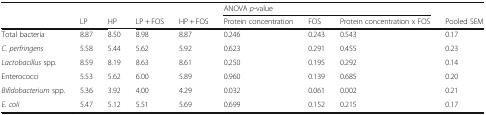
<table><thead><tr><td rowspan="2"></td><td></td><td></td><td></td><td></td><td colspan="3"><b>ANOVA <i>p</i>-value</b></td><td></td></tr><tr><td><b>LP</b></td><td><b>HP</b></td><td><b>LP + FOS</b></td><td><b>HP + FOS</b></td><td><b>Protein concentration</b></td><td><b>FOS</b></td><td><b>Protein concentration x FOS</b></td><td><b>Pooled SEM</b></td></tr></thead><tbody><tr><td>Total bacteria</td><td>8.87</td><td>8.50</td><td>8.98</td><td>8.87</td><td>0.246</td><td>0.243</td><td>0.543</td><td>0.17</td></tr><tr><td><i>C. perfringens</i></td><td>5.58</td><td>5.44</td><td>5.62</td><td>5.92</td><td>0.623</td><td>0.291</td><td>0.455</td><td>0.23</td></tr><tr><td><i>Lactobacillus</i> spp.</td><td>8.59</td><td>8.19</td><td>8.63</td><td>8.61</td><td>0.250</td><td>0.195</td><td>0.292</td><td>0.14</td></tr><tr><td>Enterococci</td><td>5.53</td><td>5.62</td><td>6.00</td><td>5.89</td><td>0.960</td><td>0.139</td><td>0.685</td><td>0.20</td></tr><tr><td><i>Bifidobacterium</i> spp.</td><td>5.36</td><td>3.92</td><td>4.00</td><td>4.29</td><td>0.032</td><td>0.061</td><td>0.002</td><td>0.21</td></tr><tr><td><i>E. coli</i></td><td>5.47</td><td>5.12</td><td>5.51</td><td>5.69</td><td>0.699</td><td>0.152</td><td>0.215</td><td>0.17</td></tr></tbody></table>